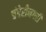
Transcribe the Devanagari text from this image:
चंदेरीनगरी